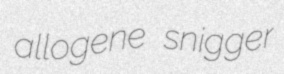
allogene snigger